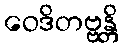
ဝေဒိတဗ္ဗန္တိ